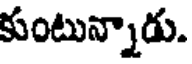
కుంటున్నాడు.